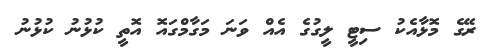
ރޭގެ މޮޅާއެކު ސިޓީ ލީގުގެ އެއް ވަނަ މަގާމްގައޮ އޮތީ ކުޅުނު ކުޅުނު